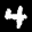
Label: 4